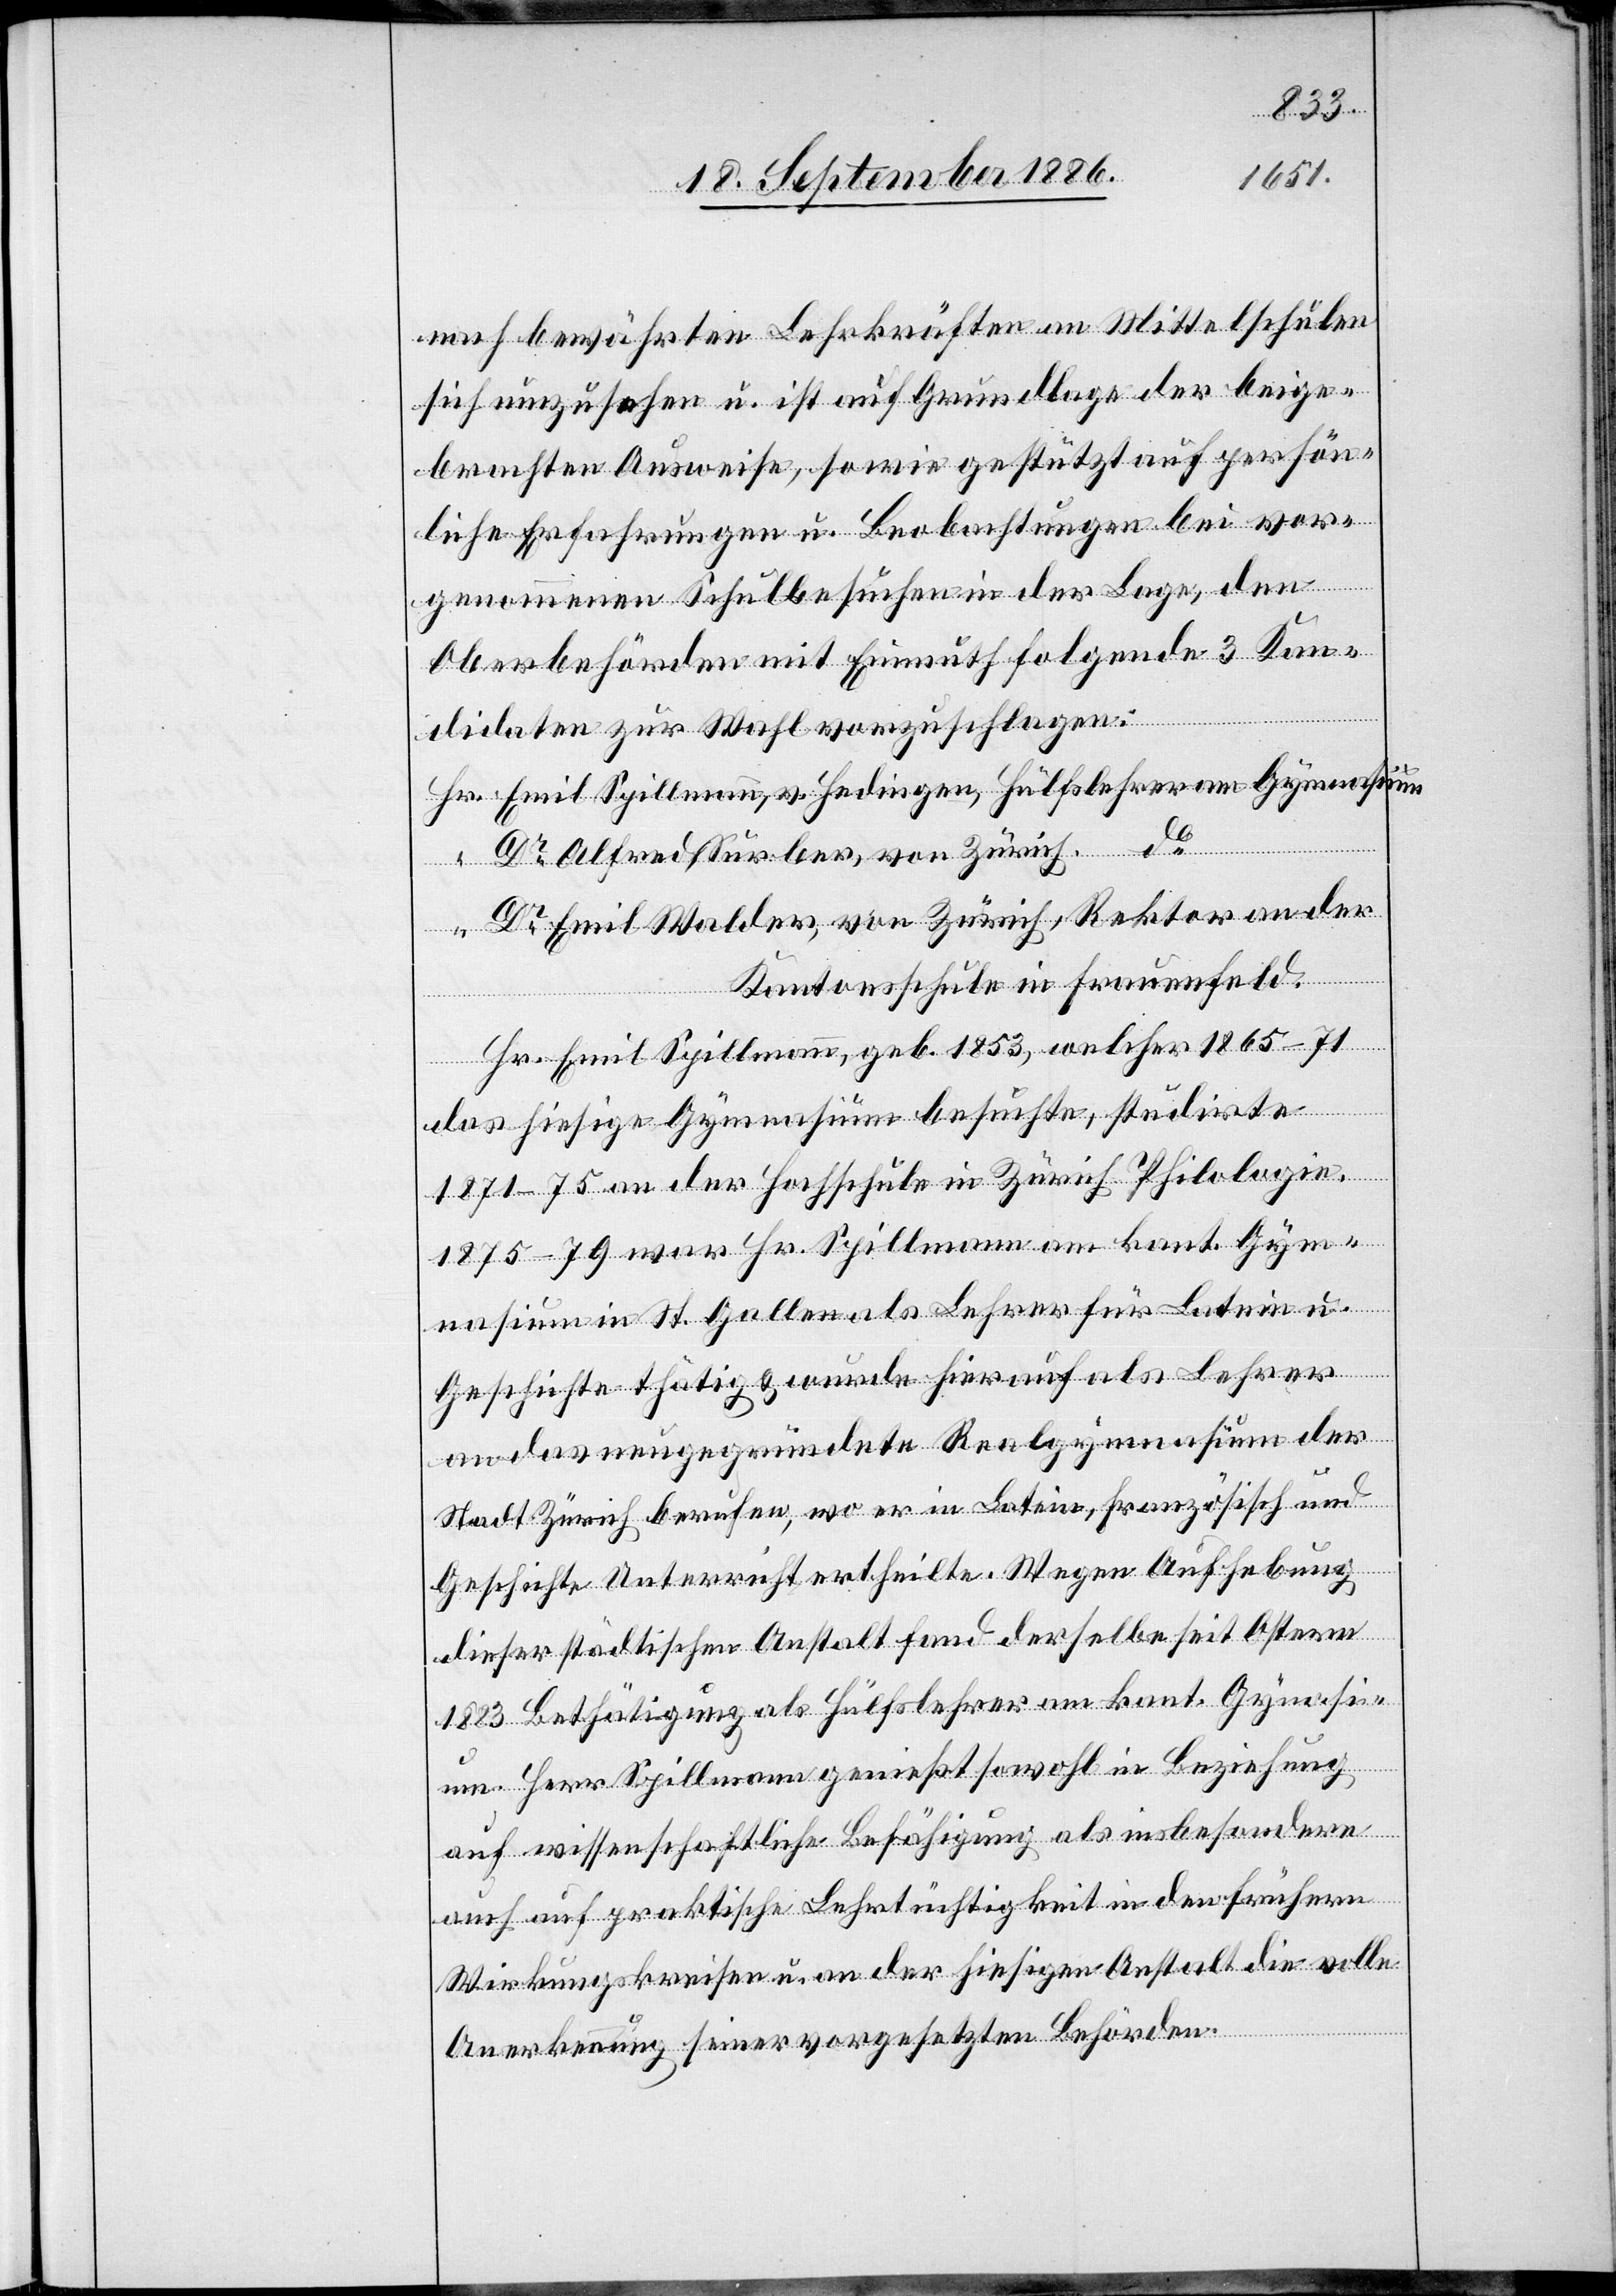
nach bewährten Lehrkräften an Mittelschulen
sich umzusehen u. ist auf Grundlage der beige¬
brachten Ausweise, sowie gestützt auf persön¬
liche Erfahrungen u. Beobachtungen bei vor¬
genommenen Schulbesuchen in der Lage, den
Oberbehörden mit Einmuth folgende 3 Kan¬
didaten zur Wahl vorzuschlagen:
Hr. Emil Spillmann,v. Hedingen, Hülfslehrer am Gymnasium
Dr Alfred Surber, von Zürich, do
Dr Emil Walder, von Zürich, Rektor an der
Kantonsschule in Frauenfeld.
Hr. Emil Spillmann, geb. 1853, welcher 1865–71
das hiesige Gymnasium besuchte, studirte
1871–75 an der Hochschule in Zürich Philologie.
1875–79 war Hr. Spillmann am kant. Gym¬
nasium in St. Gallen als Lehrer für Latein u.
Geschichte thätig & wurde hierauf als Lehrer
an das neu gegründete Realgymnasium der
Stadt Zürich berufen, wo er in Latein, Französisch und
Geschichte Unterricht erhteilte. Wegen Aufhebung
dieser städtischen Anstalt fand derselbe seit Ostern
1883 Bethätigung als Hülfslehrer am kant. Gymnasi¬
um. Herr Spillmann genießt sowohl in Beziehung
auf wissenschaftliche Befähigung als insbesondere
auch auf praktische Lehrthätigkeit in den frühern
Wirkungskreisen u. an der hiesigen Anstalt die volle
Anerkennung seiner vorgesetzten Behörden.